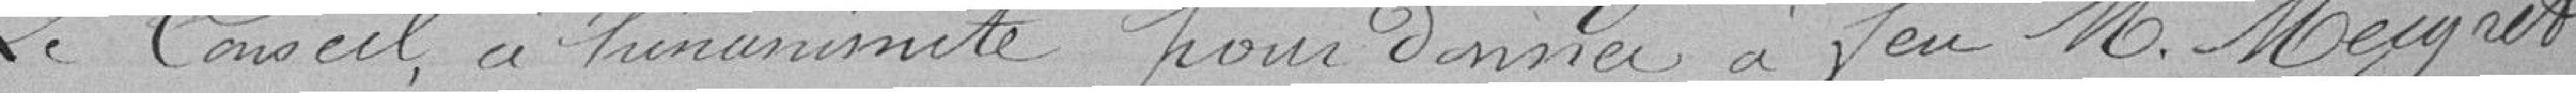
Le Conseil a l'unanimité pour donner à feu M.Meigret